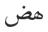
ھض